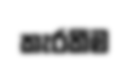
කැරකීම